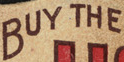
BUY THE